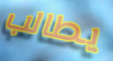
يطالب